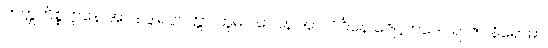
ဘတ္တကိစ္စဋ္ဌာနေ အာဒ ဒွါရပ္ပဝတ္တာ ဘူမိပါလေန အာလိင်္ဂနေ ဇေဋ္ဌကဒေဝရာဇာ နိရောဓာ